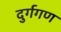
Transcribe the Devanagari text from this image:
दुर्गगण